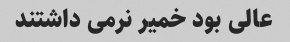
عالی بود خمیر نرمی داشتند